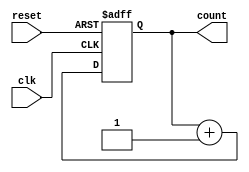
module async_reset_sync_counter #(
    parameter N = 4  // Parameter to define the bit width of the counter
)(
    input wire clk,          // Clock input
    input wire reset,        // Asynchronous reset input
    output reg [N-1:0] count // N-bit counter output
);

// Always block for counter behavior
always @(posedge clk or posedge reset) begin
    if (reset) begin
        // Asynchronous reset: set count to 0
        count <= {N{1'b0}};
    end else begin
        // Increment the counter on clock edge
        count <= count + 1;
    end
end

endmodule